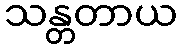
သန္တတာယ